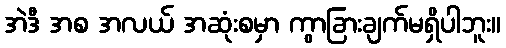
အဲဒီ အစ အလယ် အဆုံးစမှာ ကွာခြားချက်မရှိပါဘူး။